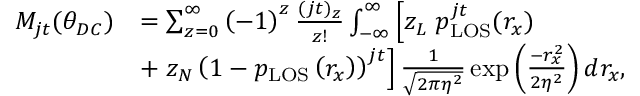
\begin{array} { r l } { M _ { j t } ( \theta _ { D C } ) } & { = \sum _ { z = 0 } ^ { \infty } \left( - 1 \right) ^ { z } \frac { ( j t ) _ { z } } { z ! } \int _ { - \infty } ^ { \infty } \left[ z _ { L } \; p _ { \mathrm { { L O S } } } ^ { j t } ( r _ { x } ) \right. } \\ & { + \left. z _ { N } \left( 1 - p _ { \mathrm { L O S } } \left( r _ { x } \right) \right) ^ { j t } \right] \frac { 1 } { \sqrt { 2 \pi \eta ^ { 2 } } } \exp \left( \frac { - r _ { x } ^ { 2 } } { 2 \eta ^ { 2 } } \right) d r _ { x } , } \end{array}